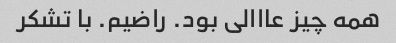
همه چیز عااالی بود. راضیم. با تشکر